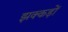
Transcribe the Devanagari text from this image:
झक्कड़ों